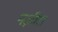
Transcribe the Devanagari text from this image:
नज़ीरा